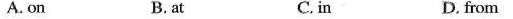
A. on B. at C. in D. from